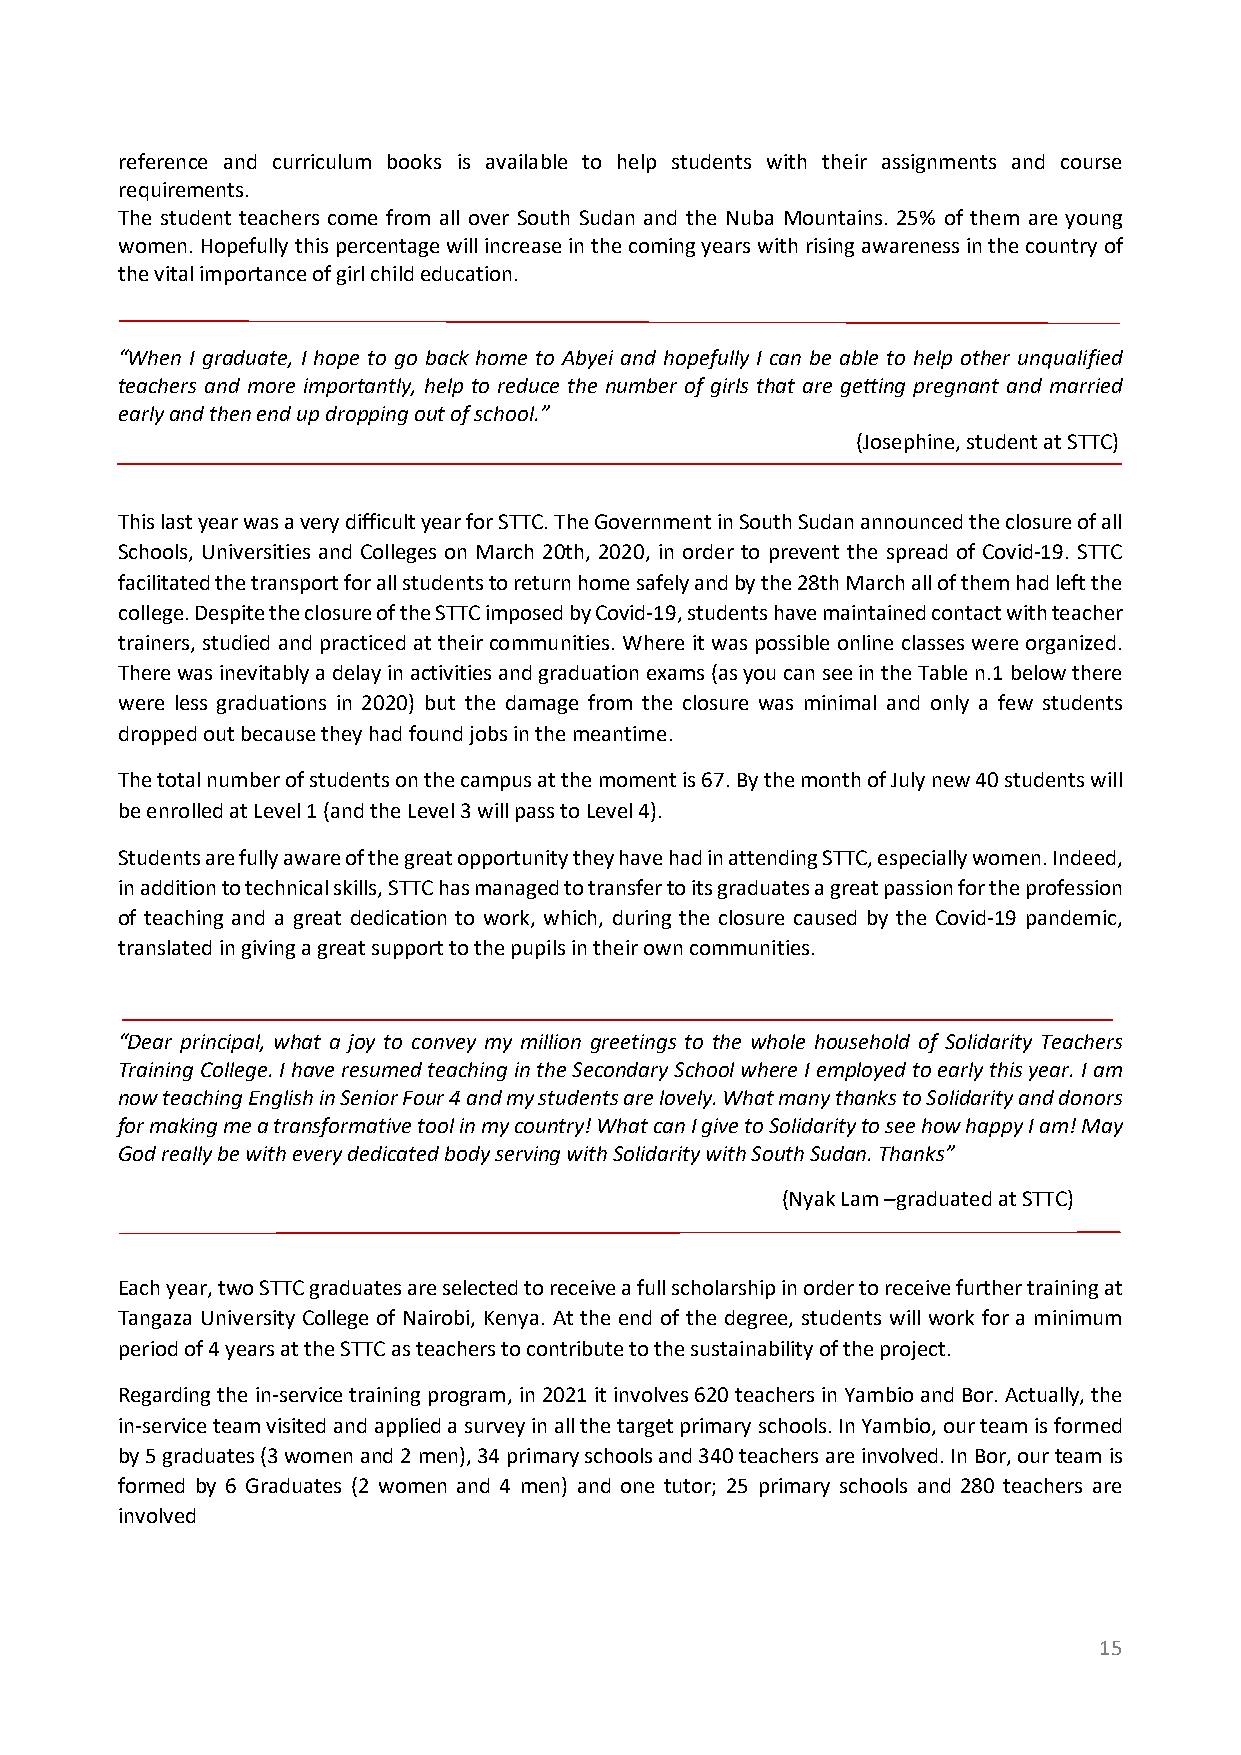
reference and curriculum books is available to help students with their assignments and course
 requirements.
 The student teachers come from all over South Sudan and the Nuba Mountains. 25% of them are young
 women. Hopefully this percentage will increase in the coming years with rising awareness in the country of
 the vital importance of girl child education.
 “When I graduate, I hope to go back home to Abyei and hopefully I can be able to help other unqualified
 teachers and more importantly, help to reduce the number of girls that are getting pregnant and married
 early and then end up dropping out of school.”
 (Josephine, student at STTC)
 This last year was a very difficult year for STTC. The Government in South Sudan announced the closure of all
 Schools, Universities and Colleges on March 20th, 2020, in order to prevent the spread of Covid-19. STTC
 facilitated the transport for all students to return home safely and by the 28th March all of them had left the
 college. Despite the closure of the STTC imposed by Covid-19, students have maintained contact with teacher
 trainers, studied and practiced at their communities. Where it was possible online classes were organized.
 There was inevitably a delay in activities and graduation exams (as you can see in the Table n.1 below there
 were less graduations in 2020) but the damage from the closure was minimal and only a few students
 dropped out because they had found jobs in the meantime.
 The total number of students on the campus at the moment is 67. By the month of July new 40 students will
 be enrolled at Level 1 (and the Level 3 will pass to Level 4).
 Students are fully aware of the great opportunity they have had in attending STTC, especially women. Indeed,
 in addition to technical skills, STTC has managed to transfer to its graduates a great passion for the profession
 of teaching and a great dedication to work, which, during the closure caused by the Covid-19 pandemic,
 translated in giving a great support to the pupils in their own communities.
 “Dear principal, what a joy to convey my million greetings to the whole household of Solidarity Teachers
 Training College. I have resumed teaching in the Secondary School where I employed to early this year. I am
 now teaching English in Senior Four 4 and my students are lovely. What many thanks to Solidarity and donors
 for making me a transformative tool in my country! What can I give to Solidarity to see how happy I am! May
 God really be with every dedicated body serving with Solidarity with South Sudan. Thanks”
 (Nyak Lam –graduated at STTC)
 Each year, two STTC graduates are selected to receive a full scholarship in order to receive further training at
 Tangaza University College of Nairobi, Kenya. At the end of the degree, students will work for a minimum
 period of 4 years at the STTC as teachers to contribute to the sustainability of the project.
 Regarding the in-service training program, in 2021 it involves 620 teachers in Yambio and Bor. Actually, the
 in-service team visited and applied a survey in all the target primary schools. In Yambio, our team is formed
 by 5 graduates (3 women and 2 men), 34 primary schools and 340 teachers are involved. In Bor, our team is
 formed by 6 Graduates (2 women and 4 men) and one tutor; 25 primary schools and 280 teachers are
 involved
 15